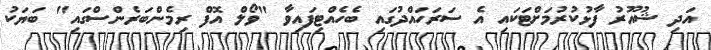
އަދި ޝުއޫރު ފާޅުކުރުމަށްޓަކައި އެ ސަރަހައްދުގައި ބެހެއްޓިފައިވާ "ވޯލް އޮފް ރިމެންބަރެންސްގައި" ބަޔަކު